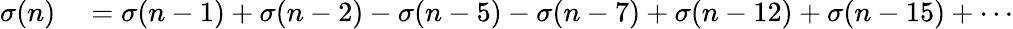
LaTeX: \begin{array}{rl}{\sigma(n)}&{{}=\sigma(n-1)+\sigma(n-2)-\sigma(n-5)-\sigma(n-7)+\sigma(n-12)+\sigma(n-15)+\cdots}\end{array}